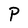
Character: P